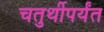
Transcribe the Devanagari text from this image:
चतुर्थीपर्यंत